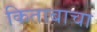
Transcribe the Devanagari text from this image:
किताबाचा